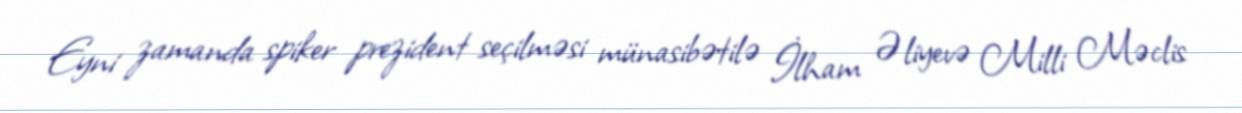
Eyni zamanda spiker prezident seçilməsi münasibətilə İlham Əliyevə Milli Məclis